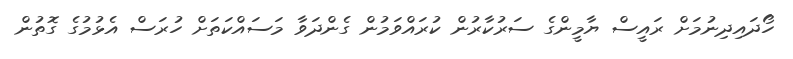
ހޯދައިދިނުމަށް ރައީސް ޔާމީންގެ ސަރުކާރުން ކުރައްވަމުން ގެންދަވާ މަސައްކަތަށް ހުރަސް އެޅުމުގެ ގޮތުން